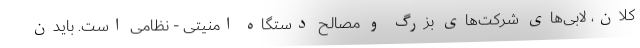
کلان، لابی‌های شرکت‌های بزرگ و مصالحِ دستگاه امنیتی - نظامی است. بایدن